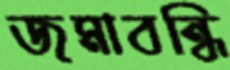
জমাবন্ধি